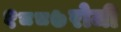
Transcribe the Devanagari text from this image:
१८८७रोजी